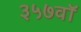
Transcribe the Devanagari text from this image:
३५७वॉ